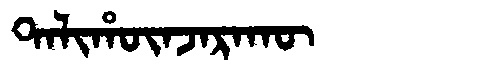
Manchu: ᡨᠠᠯᡳᡥᡡᠨᠵᠠᡵᠠᡴᡡ
Romanization: TALIHŪNJARAKŪ